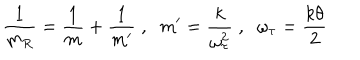
LaTeX: \frac { 1 } { m _ { R } } = \frac { 1 } { m } + \frac { 1 } { m ^ { \prime } } \; , \; \; m ^ { \prime } = \frac { k } { \omega _ { \tau } ^ { 2 } } \; , \; \; \omega _ { \tau } = \frac { k \theta } { 2 }